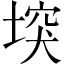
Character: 堗